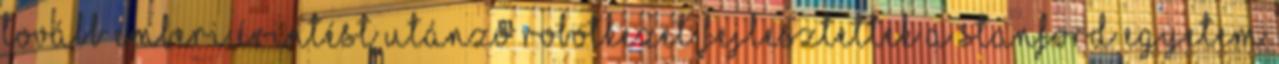
tovább Emberi érintést utánzó robotkezet fejlesztettek A Stanford Egyetem